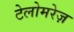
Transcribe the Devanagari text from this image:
टेलोमरेज़